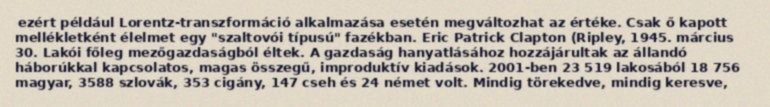
ezért például Lorentz-transzformáció alkalmazása esetén megváltozhat az értéke. Csak ő kapott mellékletként élelmet egy "szaltovói típusú" fazékban. Eric Patrick Clapton (Ripley, 1945. március 30. Lakói főleg mezőgazdaságból éltek. A gazdaság hanyatlásához hozzájárultak az állandó háborúkkal kapcsolatos, magas összegű, improduktív kiadások. 2001-ben 23 519 lakosából 18 756 magyar, 3588 szlovák, 353 cigány, 147 cseh és 24 német volt. Mindig törekedve, mindig keresve,